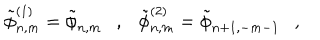
\tilde { \phi } _ { n , m } ^ { ( 1 ) } = \tilde { \phi } _ { n , m } , \tilde { \phi } _ { n , m } ^ { ( 2 ) } = \tilde { \phi } _ { n + 1 , - m - 1 } ,